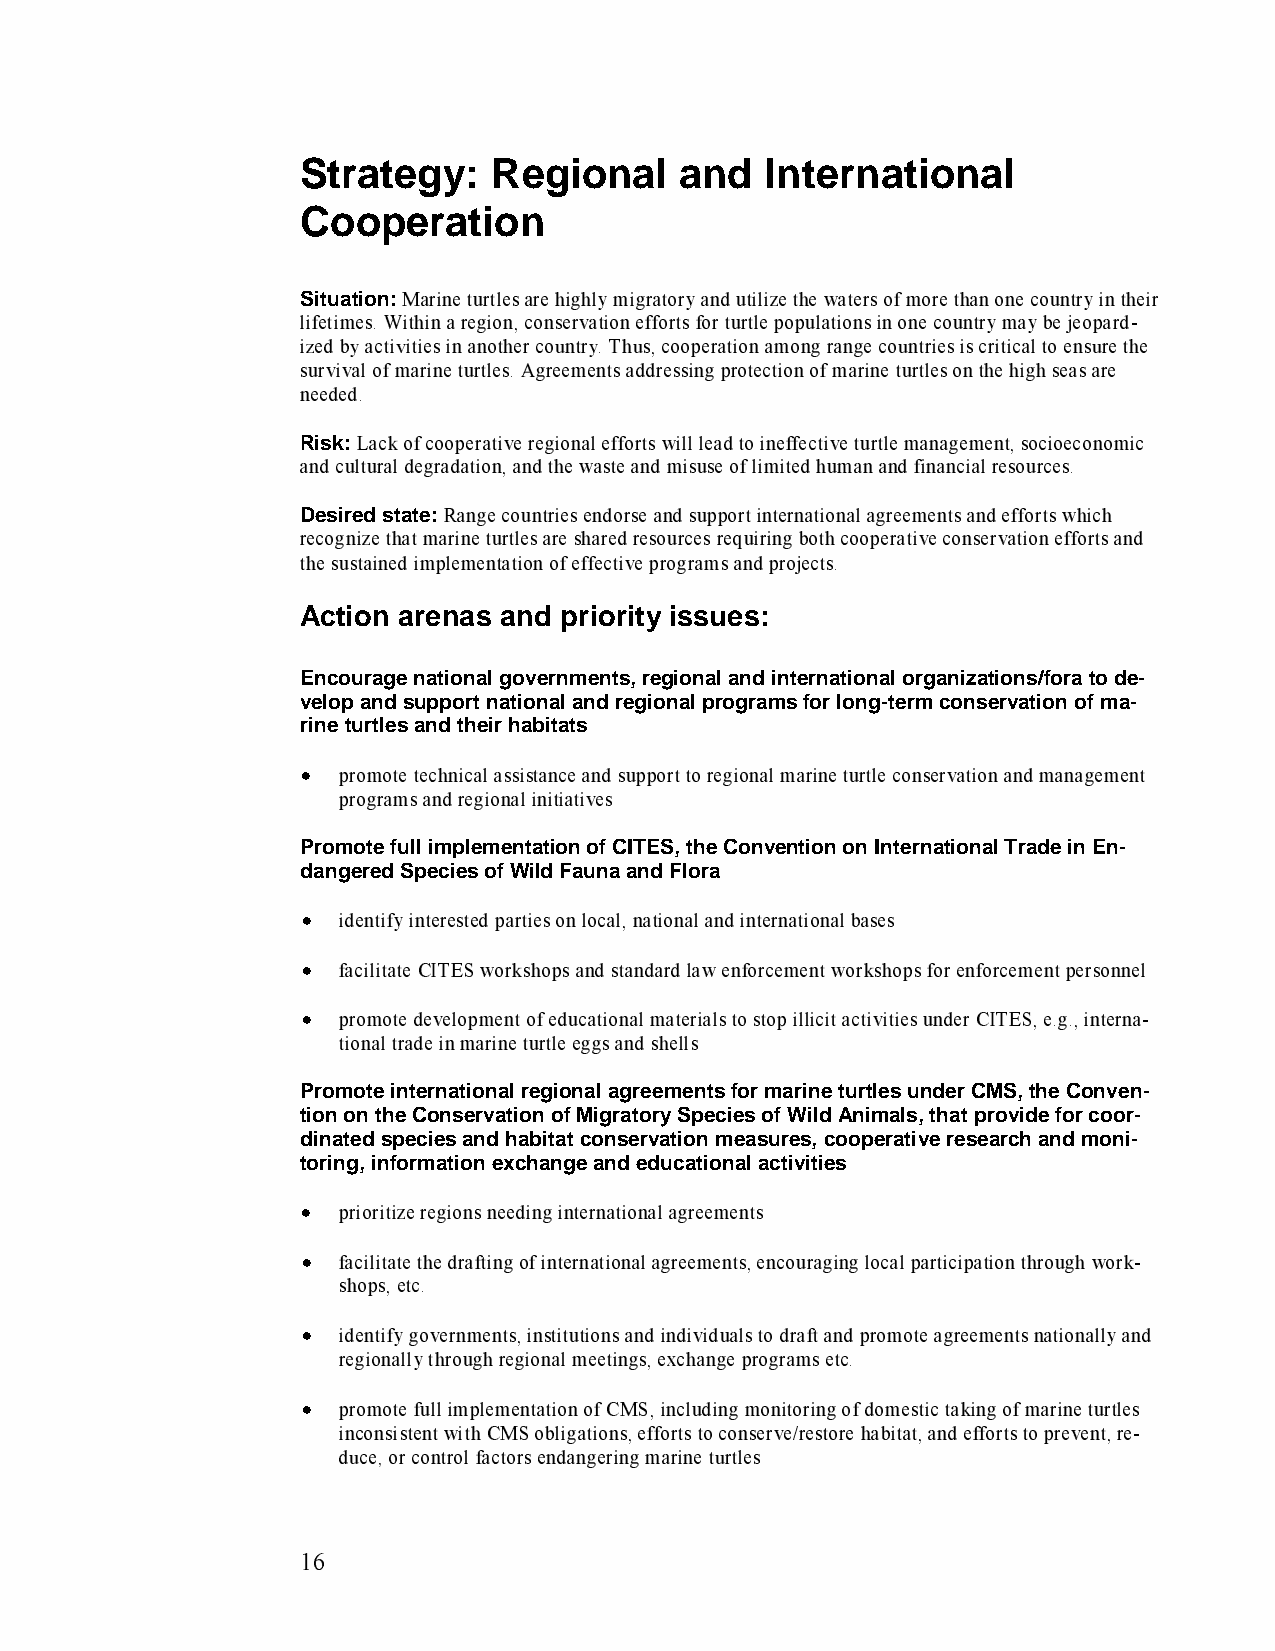
Strategy:    Regional    and   International
 Cooperation
 Marine turtles are highly migratory and utilize the waters of more than one country in their
 lSifietutimateios.n W: ithin a region, conservation efforts for turtle populations in one country may be jeopard-
 ized by activities in another country. Thus, cooperation among range countries is critical to ensure the
 survival of marine turtles. Agreements addressing protection of marine turtles on the high seas are
 needed.
 Lack of cooperative regional efforts will lead to ineffective turtle management, socioeconomic
 aRnids kc:u ltural degradation, and the waste and misuse of limited human and financial resources.
 Range countries endorse and support international agreements and efforts which
 Dreecosgirneizde sthtaatt em: arine turtles are shared resources requiring both cooperative conservation efforts and
 the sustained implementation of effective programs and projects.
 Action arenas and priority issues:
 Encourage national governments, regional and international organizations/fora to de-
 velop and support national and regional programs for long-term conservation of ma-
 rine turtles and their habitats
 promote technical assistance and support to regional marine turtle conservation and management
 • programs and regional initiatives
 Promote full implementation of CITES, the Convention on International Trade in En-
 d angered Species of Wild Fauna and Flora
 identify interested parties on local, national and international bases
 •
 facilitate CITES workshops and standard law enforcement workshops for enforcement personnel
 •
 promote development of educational materials to stop illicit activities under CITES, e.g., interna-
 • tional trade in marine turtle eggs and shells
 Promote international regional agreements for marine turtles under CMS, the Conven-
 tion on the Conservation of Migratory Species of Wild Animals, that provide for coor-
 dinated species and habitat conservation measures, cooperative research and moni-
 toring, information exchange and educational activities
 prioritize regions needing international agreements
 •
 facilitate the drafting of international agreements, encouraging local participation through work-
 • shops, etc.
 identify governments, institutions and individuals to draft and promote agreements nationally and
 • regionally through regional meetings, exchange programs etc.
 promote full implementation of CMS, including monitoring of domestic taking of marine turtles
 • inconsistent with CMS obligations, efforts to conserve/restore habitat, and efforts to prevent, re-
 duce, or control factors endangering marine turtles
 16